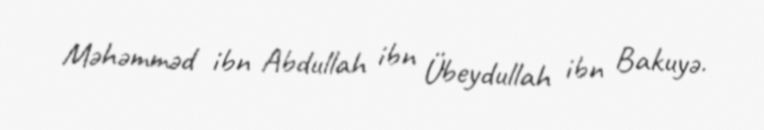
Məhəmməd ibn Abdullah ibn Übeydullah ibn Bakuyə.